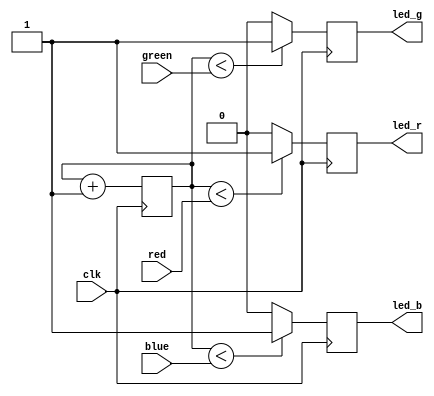
`timescale 1ns / 1ps
//////////////////////////////////////////////////////////////////////////////////
// Company: 
// Engineer: 
// 
// Design Name: 
// Module Name: rgbled
// Project Name: 
// Target Devices: 
// Tool Versions: 
// Description: 
// 
// Dependencies: 
// 
// Revision:
// Revision 0.01 - File Created
// Additional Comments:
// 
//////////////////////////////////////////////////////////////////////////////////


module rgbled(
    input clk,
    input [7:0] red,
    input [7:0] green,
    input [7:0] blue,
    output reg led_r,
    output reg led_g,
    output reg led_b
    );
    reg [7:0] cnt;
    initial begin
        cnt = 0;
    end
    always@(posedge clk)begin
        if (cnt < red) begin
            led_r = 1;
        end else begin
            led_r = 0;
        end
        if (cnt < green) begin
            led_g = 1;
        end else begin
            led_g = 0;
        end
        if (cnt < blue) begin
            led_b = 1;
        end else begin
            led_b = 0;
        end
        cnt = cnt + 1;
    end
    
endmodule